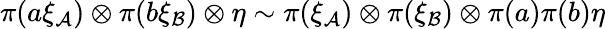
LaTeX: \pi(a\xi_{\cal A})\otimes\pi(b\xi_{\cal B})\otimes\eta\sim\pi(\xi_{\cal A})\otimes\pi(\xi_{\cal B})\otimes\pi(a)\pi(b)\eta